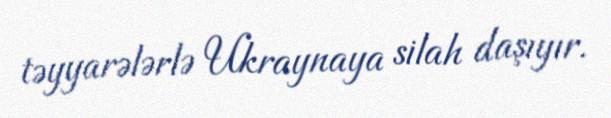
təyyarələrlə Ukraynaya silah daşıyır.